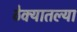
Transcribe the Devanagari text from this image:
ठेक्यातल्या